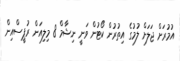
އުމުރަށް ޖަލަށް ލުމުގެ އިތުރުން ކޯޓުން ވަނީ ނިޝާމް 8 މިލިއަން ރުޕީސްއިން